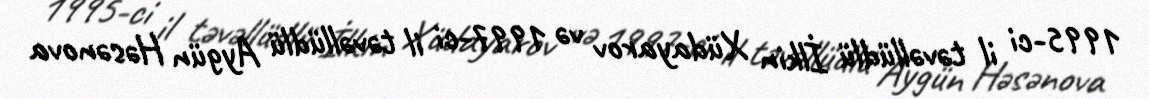
1995-ci il təvəllüdlü İlkin Xüdayarov və 1997-ci il təvəllüdlü Aygün Həsənova